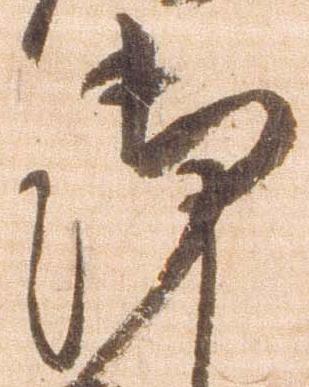
御